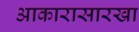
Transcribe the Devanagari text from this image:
आकारासारखा